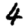
Digit: 4